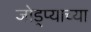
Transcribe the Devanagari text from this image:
जोड्प्याच्या